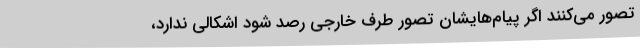
تصور می‌کنند اگر پیام‌هایشان تصور طرف خارجی رصد شود اشکالی ندارد،